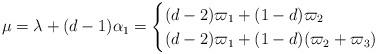
LaTeX: \begin{align*} \mu = \lambda +(d-1)\alpha_1 = \begin{cases} (d-2)\varpi_1 + (1-d)\varpi_2 \ & \\ (d-2)\varpi_1 + (1-d)(\varpi_2+\varpi_3) \ & \end{cases} \end{align*}